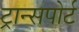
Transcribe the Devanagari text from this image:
ट्रान्‍सपोर्ट